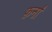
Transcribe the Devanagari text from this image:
फ़र्नां